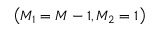
\left( M _ { 1 } = M - 1 , M _ { 2 } = 1 \right)